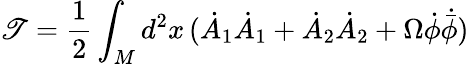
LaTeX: \mathscr{T}=\frac{{1}}{{2}}\int_{M}d^{2}x\, (\dot{{A}}_{1}\dot{{A}}_{1}+\dot{{A}}_{2}\dot{{A}}_{2}+\Omega\dot{{\phi}}\dot{{{\bar{{\phi}}}}})